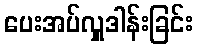
ပေးအပ်လှူဒါန်းခြင်း